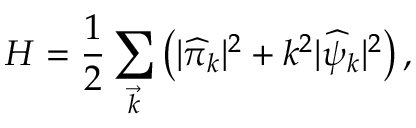
{ \cal H } = \frac { 1 } { 2 } \sum _ { \vec { k } } \left( | { \widehat \pi } _ { k } | ^ { 2 } + k ^ { 2 } | { \widehat \psi } _ { k } | ^ { 2 } \right) ,